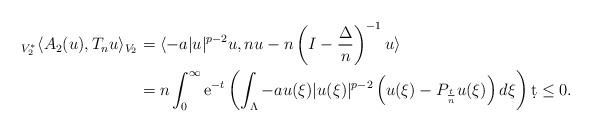
LaTeX: \begin{align*}_{V_{2}^{*}}\langle A_{2}(u),T_{n}u\rangle_{V_{2}}&=\langle-a|u|^{p-2}u,nu-n\left(I-\frac{\Delta}{n}\right)^{-1}u\rangle\\&=n\int_{0}^{\infty}{\rm{e}}^{-t}\left(\int_{\Lambda}-au(\xi)|u(\xi)|^{p-2}\left(u(\xi)-P_{\frac{t}{n}}u(\xi)\right)d\xi\right)\d t\leq0.\end{align*}